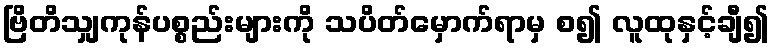
ဗြိတိသျှကုန်ပစ္စည်းများကို သပိတ်မှောက်ရာမှ စ၍ လူထုနှင့်ချီ၍